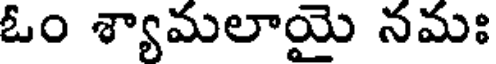
ఓం శ్యామలాయై నమః